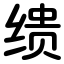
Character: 缋